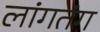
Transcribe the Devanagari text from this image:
लांगतंग